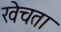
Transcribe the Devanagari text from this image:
खेचता